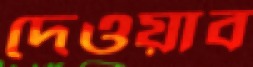
দেওয়াব